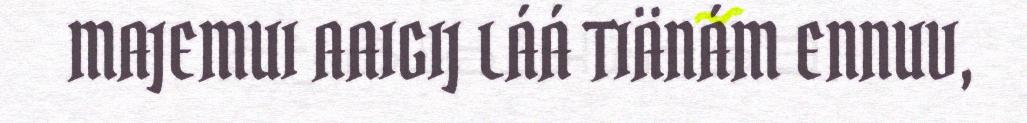
MAJEMUI AAIGIJ LÁÁ TIÄNÁM ENNUV,